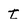
Character: t